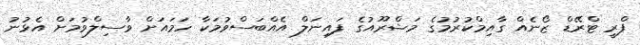
ފްރީ ޓްރޭޑް ޒޯނެއް ގާއިމްކުރުމުގެ މަޝްރޫއުގެ ފައިނަލް އެއްބަސްވުމަކާ ހަމައަށް ވާސިލްވުމަށް އެޅުނު